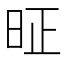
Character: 𰕸